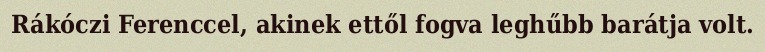
Rákóczi Ferenccel, akinek ettől fogva leghűbb barátja volt.